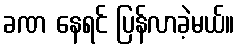
ခဏ နေရင် ပြန်လာခဲ့မယ်။